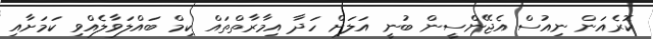
ކޮރެއަން ނިއުސް އެޖޭންސީން ބުނީ އަލަށް ހަދާ އިމާރާތްތައް ކިމް ބައްލަވާލެއްވި ކަމަށާއި